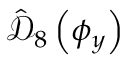
\hat { \mathcal D } _ { 8 } \left( \phi _ { y } \right)